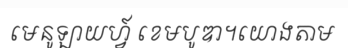
មេនូឡាយហ្វ៍ ខេមបូឌា។យោងតាម